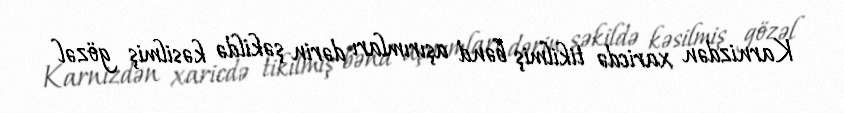
Karnizdən xaricdə tikilmiş bənd aşırımları dərin şəkildə kəsilmiş gözəl